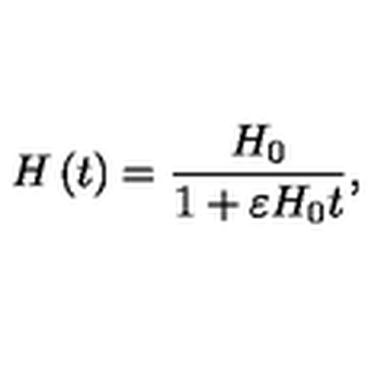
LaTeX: H \left( t \right) = \frac { H _ { 0 } } { 1 + \varepsilon H _ { 0 } t } ,